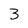
Character: 3